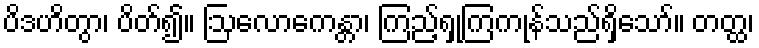
ပိဒဟိတွာ၊ ပိတ်၍။ ဩလောကေန္တာ၊ ကြည့်ရှုကြကုန်သည်ရှိသော်။ တတ္ထ၊